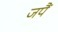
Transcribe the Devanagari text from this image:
जपैं